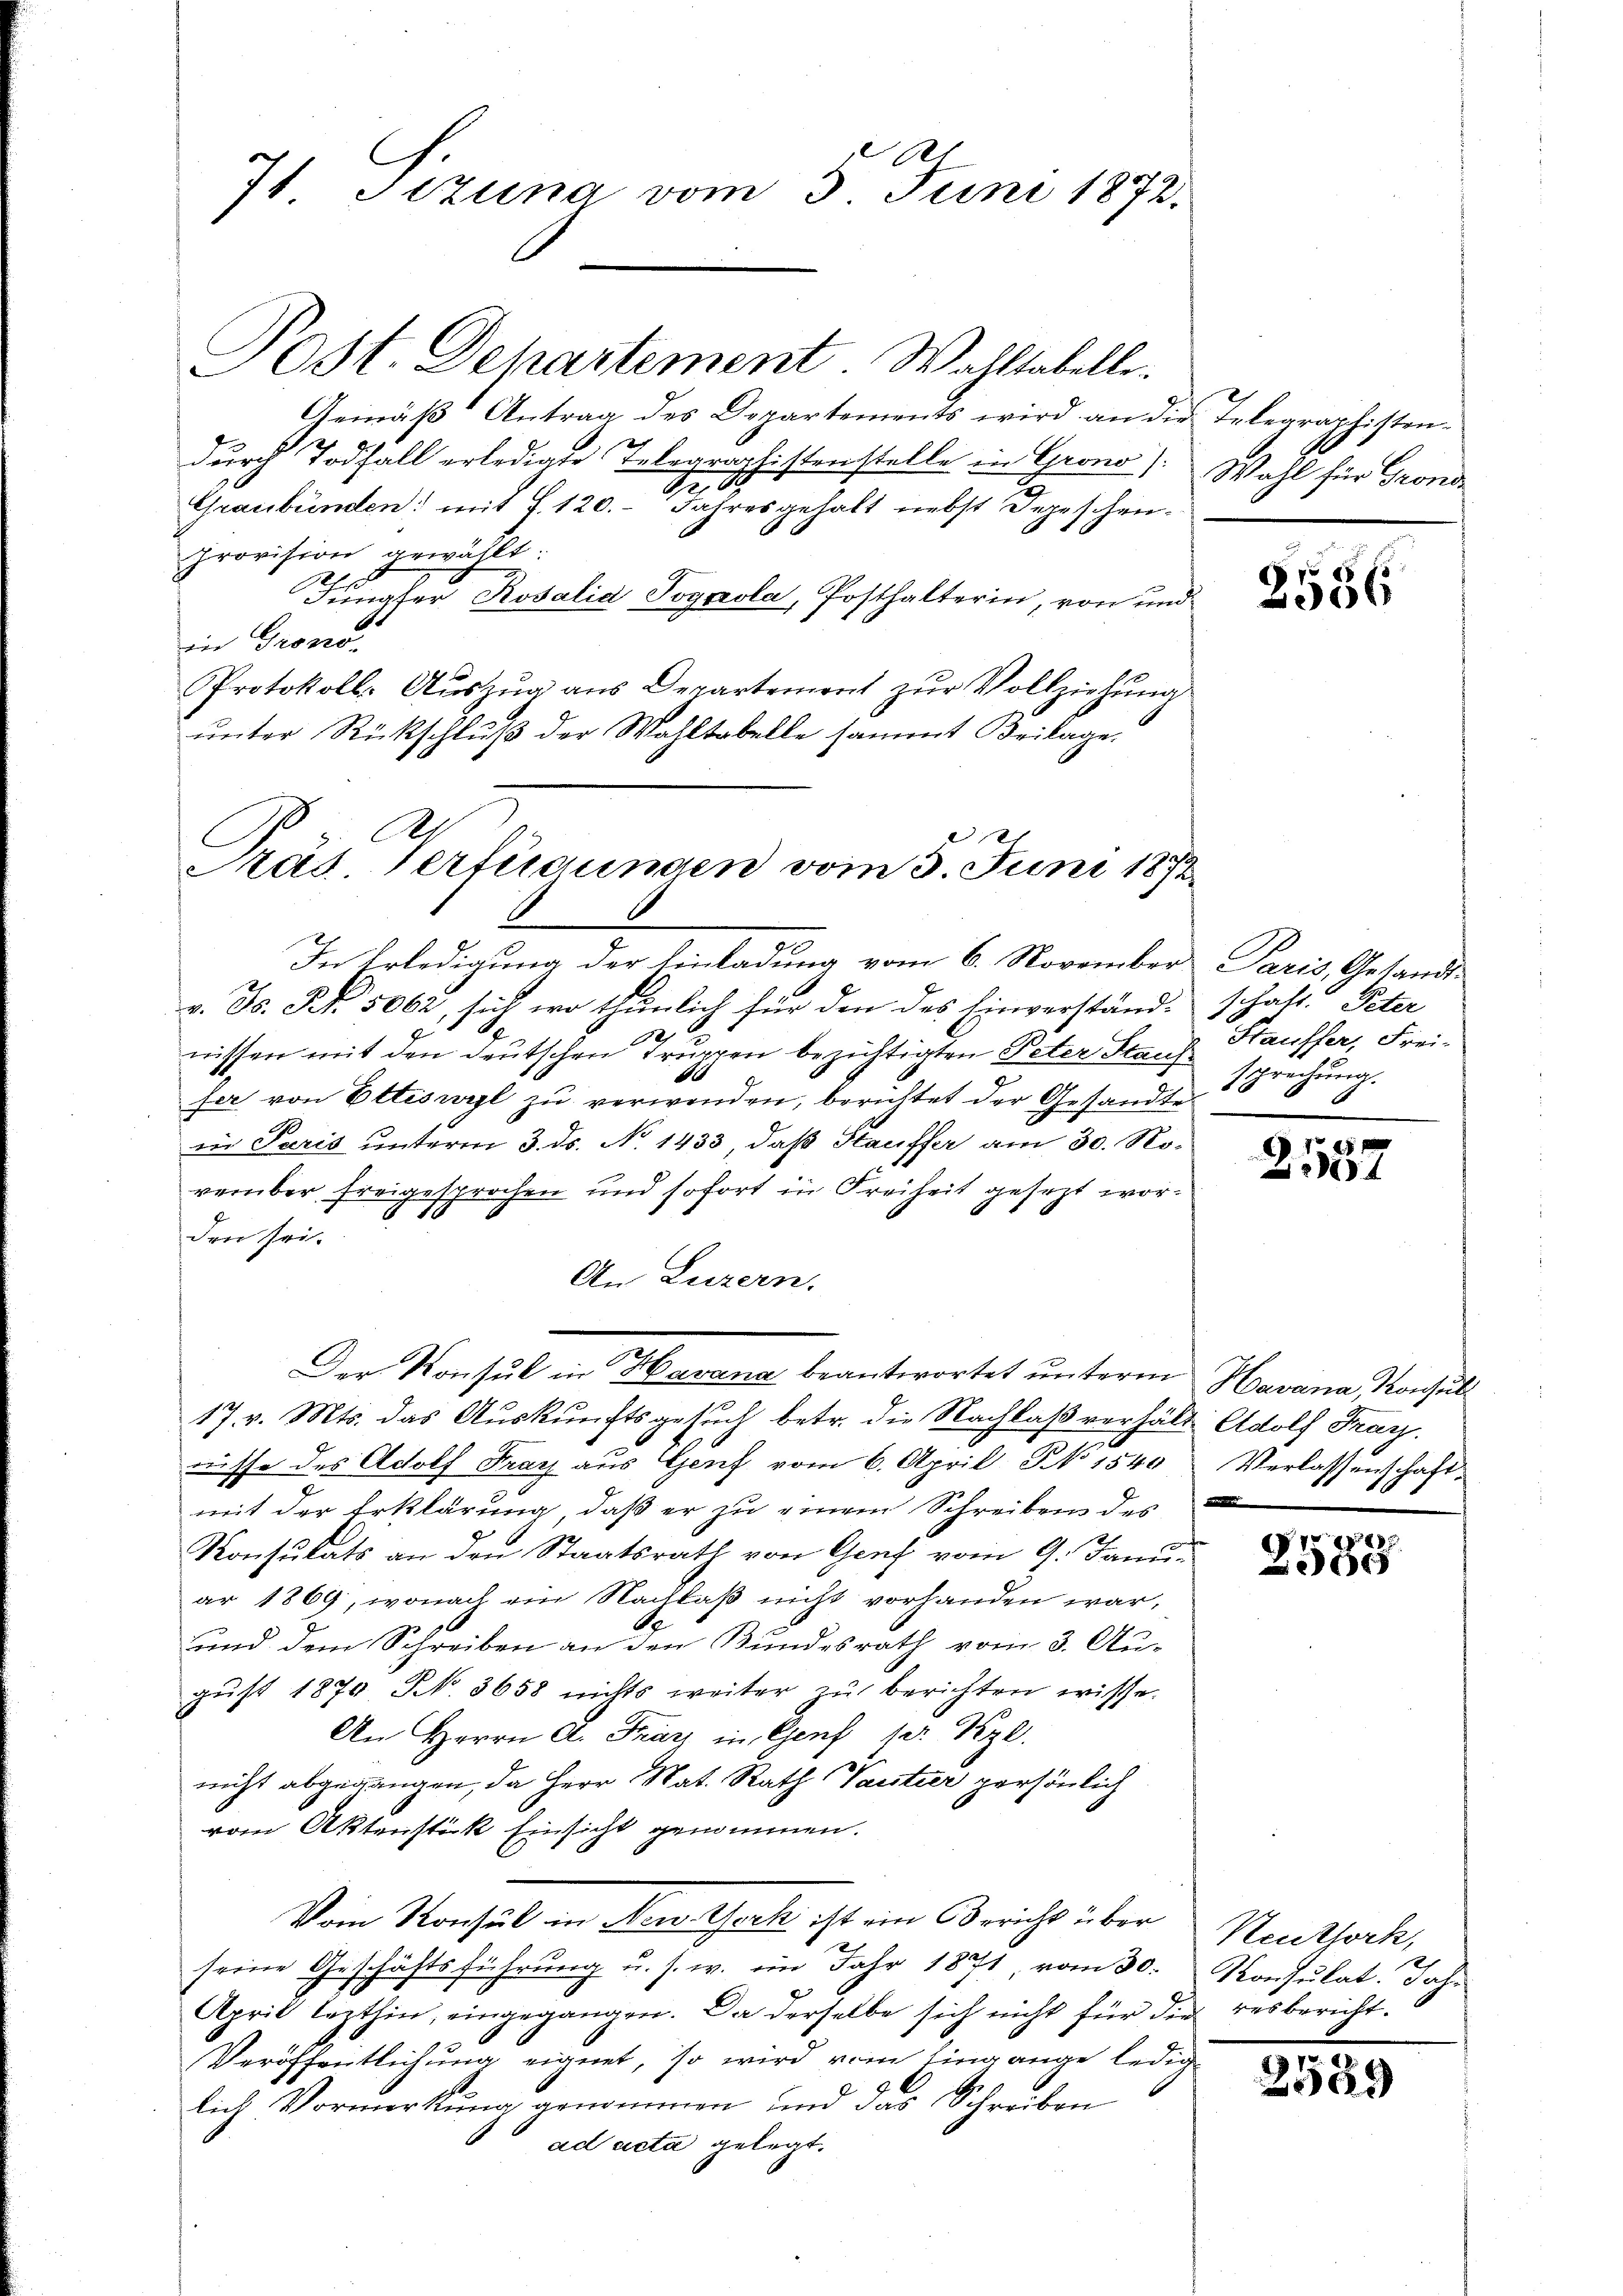
Br
7t Sitzuna vom 3. Juni 1872.

Post. Departement Wahltabelle.
Gemäβ Antrag des Departements wird an die Telegraphistendurch Todfall erledigte Telegraphistenstelle in Grono) Wahl für Grond
Nr. 18
Graubünden: mit S. 120. Jahresgehalt nebst Depeschenprovision gewählt:
Funater Rosalia Pognola, Posthalterin, von und
in Gromo-
Protokolls-Auszug aus Departement zŭr Vollziehung
ŭnter Rückschluß der Wahltabelle sammt Beilage.

Nas Verfügungen vom 3. Juni 1872

6
In Erledigung der Einladung vom 6. November Paris, Gesandtv. Js. N. 5062, sich wo thunlich für den des Einverstände schaft. Peter
nissen mit den deutschen Truppen bezichtigten Peter Staufs
fer von Ettiswyl zu verwenden, berichtet der Gesandte
in Paris unterm 3. ds. No. 1433, daß Stauffer am 30. November freigesprochen und sofort in Freiheit gesezt wor¬
910
den sei.
An Luzern.
Der Konsul in Havana beantwortet unterm Havana, Konsul¬
17. v. Mts. das Auskunftsgesuch betr. die Nachlaß verhält Adolf Fray.
nisse des Adolf Frag aus Genf vom 6. April No 1549 Verlassenschaft-
mit der Erklärung, daß er zu einem Schreiben des
Konsulats an den Staatsrath von Genf vom 9. Januar 1869, wonach ein Nachlaß nicht vorhanden war,
Se
und dem Schreiben an den Bundesrath vom 3. Augŭst 1870 N. 3658 nichts weiter zŭ berichten wisse.
An Herrn A. Franz in Genf pr. Kgl.
nicht abgegangen, da Herr Nat. Rath Tantier persönlich
vom Aktenstück Einsicht genommen.
Vom Konsul in Mein Theil ist ein Bericht über Neuthoch,
seine Geschäftsführung u. s. w. im Jahr 1871 vom 30. Konsulat. Jah-
April lezthin, eingegangen. Da derselbe sich nicht für die resbericht.
Veröffentlichung eignet, so wird vom Eingange ledig
lich Vormerkung genommen und das Schreiben
ad acta gelegt.

2556

Htausser, Frei-
sprechung.

2137

1815.
e

2549